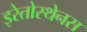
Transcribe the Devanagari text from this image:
इरेतोस्थेनस